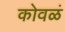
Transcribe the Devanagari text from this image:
कोवळं